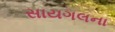
સાયગલના